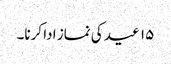
۱۵ عید کی نماز ادا کرنا۔